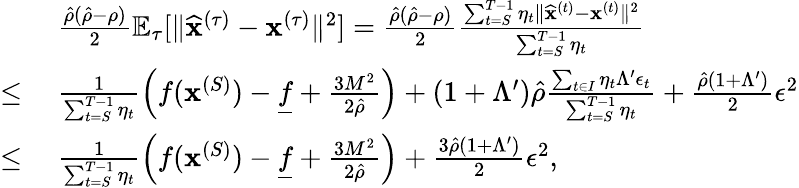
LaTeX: \begin{array}{rl}&{~\frac{\hat{\rho}(\hat{\rho}-\rho)}{2}\mathbb{E}_{\tau}[\| \widehat{\mathbf x}^{(\tau)}-{\mathbf x}^{(\tau)}\| ^{2}]=\frac{\hat{\rho}(\hat{\rho}-\rho)}{2}\frac{\sum_{t=S}^{T-1}\eta_{t}\| \widehat{\mathbf x}^{(t)}-{\mathbf x}^{(t)}\| ^{2}}{\sum_{t=S}^{T-1}\eta_{t}}}\\ {\leq}&{~\frac{1}{\sum_{t=S}^{T-1}\eta_{t}}\left(f({\mathbf x}^{(S)})-\underline{f}+\frac{3M^{2}}{2\hat{\rho}}\right)+(1+\Lambda^{\prime})\hat{\rho}\frac{\sum_{t\in I}\eta_{t}\Lambda^{\prime}\epsilon_{t}}{\sum_{t=S}^{T-1}\eta_{t}}+\frac{\hat{\rho}(1+\Lambda^{\prime})}{2}\epsilon^{2}}\\ {\leq}&{~\frac{1}{\sum_{t=S}^{T-1}\eta_{t}}\left(f({\mathbf x}^{(S)})-\underline{f}+\frac{3M^{2}}{2\hat{\rho}}\right)+\frac{3\hat{\rho}(1+\Lambda^{\prime})}{2}\epsilon^{2},}\end{array}